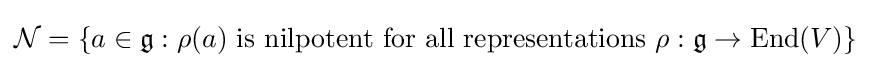
{\mathcal {N}}=\{a\in {\mathfrak {g}}:\rho (a){\mbox{ is nilpotent for all representations }}\rho :{\mathfrak {g}}\to \operatorname {End} (V)\}